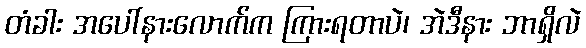
တံခါး အပေါ်နားလောက်က ကြားရတာပဲ၊ အဲဒီနား ဘာရှိလဲ